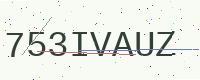
Text: 753IVAUZ